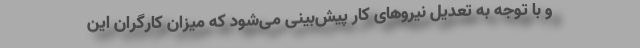
و با توجه به تعدیل نیروهای کار پیش‌بینی می‌شود که میزان کارگران این